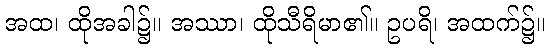
အထ၊ ထိုအခါ၌။ အဿာ၊ ထိုသီရိမာ၏။ ဥပရိ၊ အထက်၌။